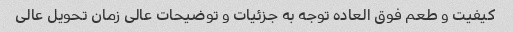
کیفیت و طعم فوق العاده توجه به جزئیات و توضیحات عالی زمان تحویل عالی